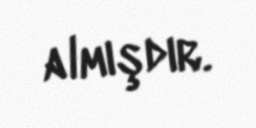
almışdır.